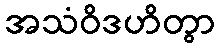
အသံဝိဒဟိတွာ